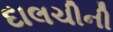
દાલચીની